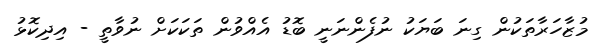
މުޒާހަރާތަކުން ގިނަ ބަޔަކު ނުފެންނަނީ ބޮޑު އެއްވުން ތަކަކަށް ނުވާތީ - އިދިކޮޅު